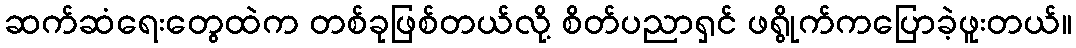
ဆက်ဆံရေးတွေထဲက တစ်ခုဖြစ်တယ်လို့ စိတ်ပညာရှင် ဖရွိုက်ကပြောခဲ့ဖူးတယ်။